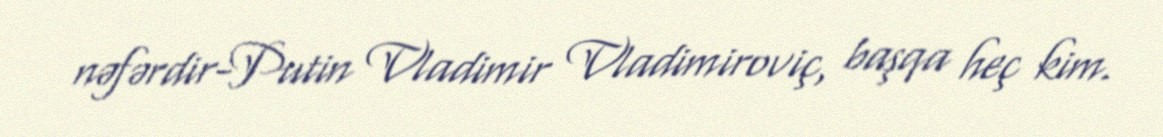
nəfərdir-Putin Vladimir Vladimiroviç, başqa heç kim.